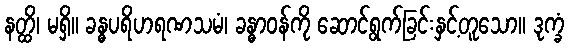
နတ္ထိ၊ မရှိ။ ခန္ဓပရိဟရဏသမံ၊ ခန္ဓာဝန်ကို ဆောင်ရွက်ခြင်းနှင့်တူသော။ ဒုက္ခံ